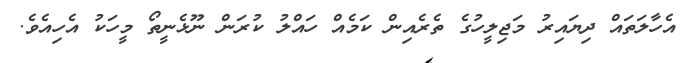
އެހާލަތައް ދިޔައިރު މަޖިލީހުގެ ތެރެއިން ކަމެއް ހައްލު ކުރަން ނޫޅެނީތޯ މީހަކު އެހިއެވެ.